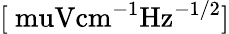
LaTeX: [\mathrm{\ muV{cm}^{-1}{Hz}^{-1/2}}]